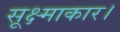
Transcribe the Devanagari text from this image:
सूक्ष्माकार।